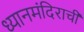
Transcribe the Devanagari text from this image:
ध्यानमंदिराची